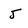
Character: J